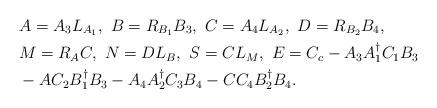
LaTeX: \begin{align*}&A=A_{3}L_{A_{1}},\ B=R_{B_{1}}B_{3},\ C=A_{4}L_{A_{2}},\ D=R_{B_{2}}B_{4},\\& M=R_{A}C,\ N=DL_{B},\ S=CL_{M},\ E=C_{c}-A_{3}A_{1}^{\dagger}C_{1}B_{3}\\&-AC_{2}B_{1}^{\dagger}B_{3}-A_{4}A_{2}^{\dagger}C_{3}B_{4}-CC_{4}B_{2}^{\dagger}B_{4}.\end{align*}